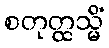
စတုတ္ထသ္မိံ